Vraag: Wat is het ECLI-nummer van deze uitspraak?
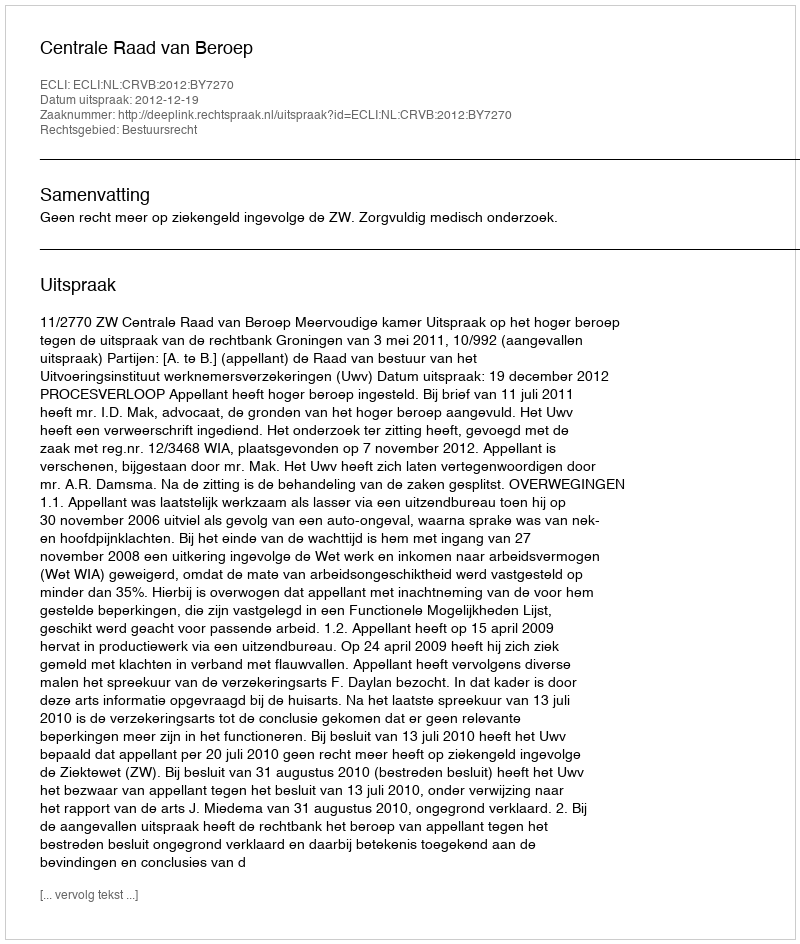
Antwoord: ECLI:NL:CRVB:2012:BY7270